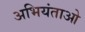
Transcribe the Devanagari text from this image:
अभियंताओ